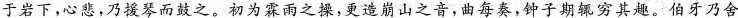
于岩下，心悲，乃援琴而鼓之。初为霖雨之操，更造崩山之音，曲每奏，钟子期辄穷其趣。伯牙乃舍